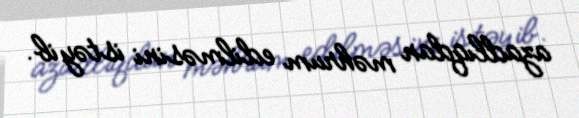
azadlıqdan məhrum edilməsini istəyib.